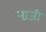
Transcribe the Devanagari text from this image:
ना़जी